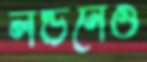
লন্ডনেও